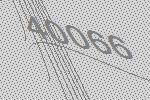
40066